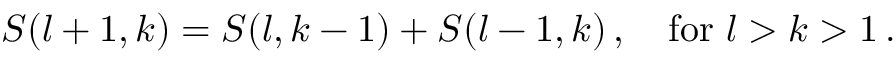
S ( l + 1 , k ) = S ( l , k - 1 ) + S ( l - 1 , k ) \, , \quad \mathrm { f o r ~ } l > k > 1 \, .